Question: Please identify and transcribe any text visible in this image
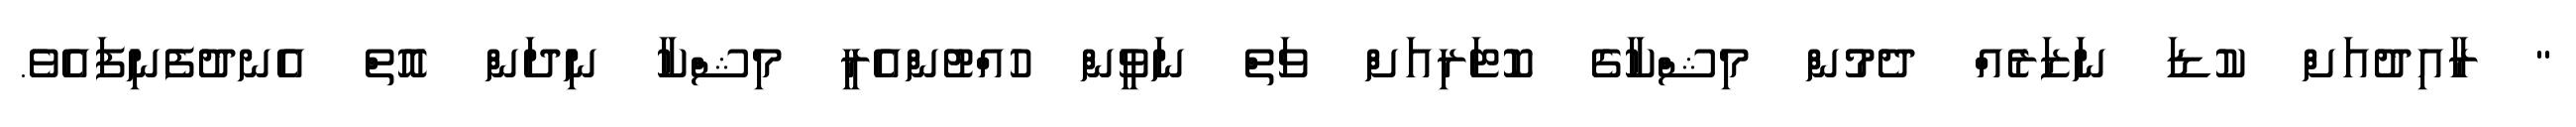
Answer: " ރާއިދުއަށް ކުޑަ ނަޒަރެއް ދެމުން މިޝްކާގެ ކޮޓަރިއަށް ވަތް ނަވީން ހުއްޓުންއެރީ މިޝްކާ ނިދަން އޮތް އެނދުފެނިފައެވެ.